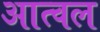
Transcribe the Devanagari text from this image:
आत्वल